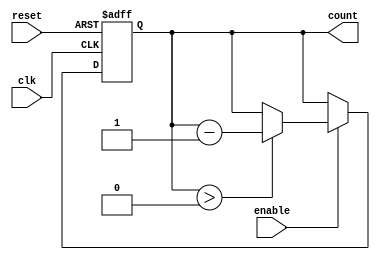
module down_counter (
    input wire clk,        // Clock signal
    input wire enable,     // Enable signal
    input wire reset,      // Asynchronous reset signal
    output reg [N-1:0] count // Current count value
);
    parameter N = 8; // Specify the maximum value (N) for the counter

    // Asynchronous reset logic
    always @(posedge clk or posedge reset) begin
        if (reset) begin
            count <= N; // Reset the counter to N
        end else if (enable) begin
            if (count > 0) begin
                count <= count - 1; // Decrement the counter
            end
        end
    end

    // Initialize count to N on reset
    initial begin
        count = N; // Start the counter at N
    end
endmodule